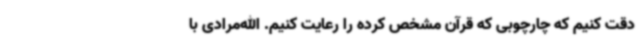
دقت کنیم که چارچوبی که قرآن مشخص کرده را رعایت کنیم. الله‌مرادی با